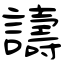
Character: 譸